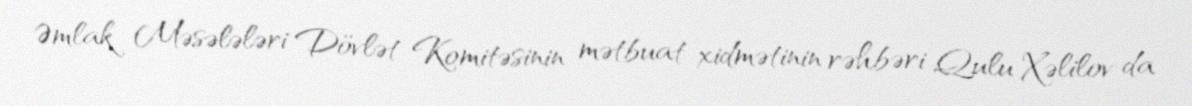
Əmlak Məsələləri Dövlət Komitəsinin mətbuat xidmətinin rəhbəri Qulu Xəlilov da